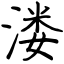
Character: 溇